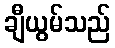
ချီယွမ်သည်